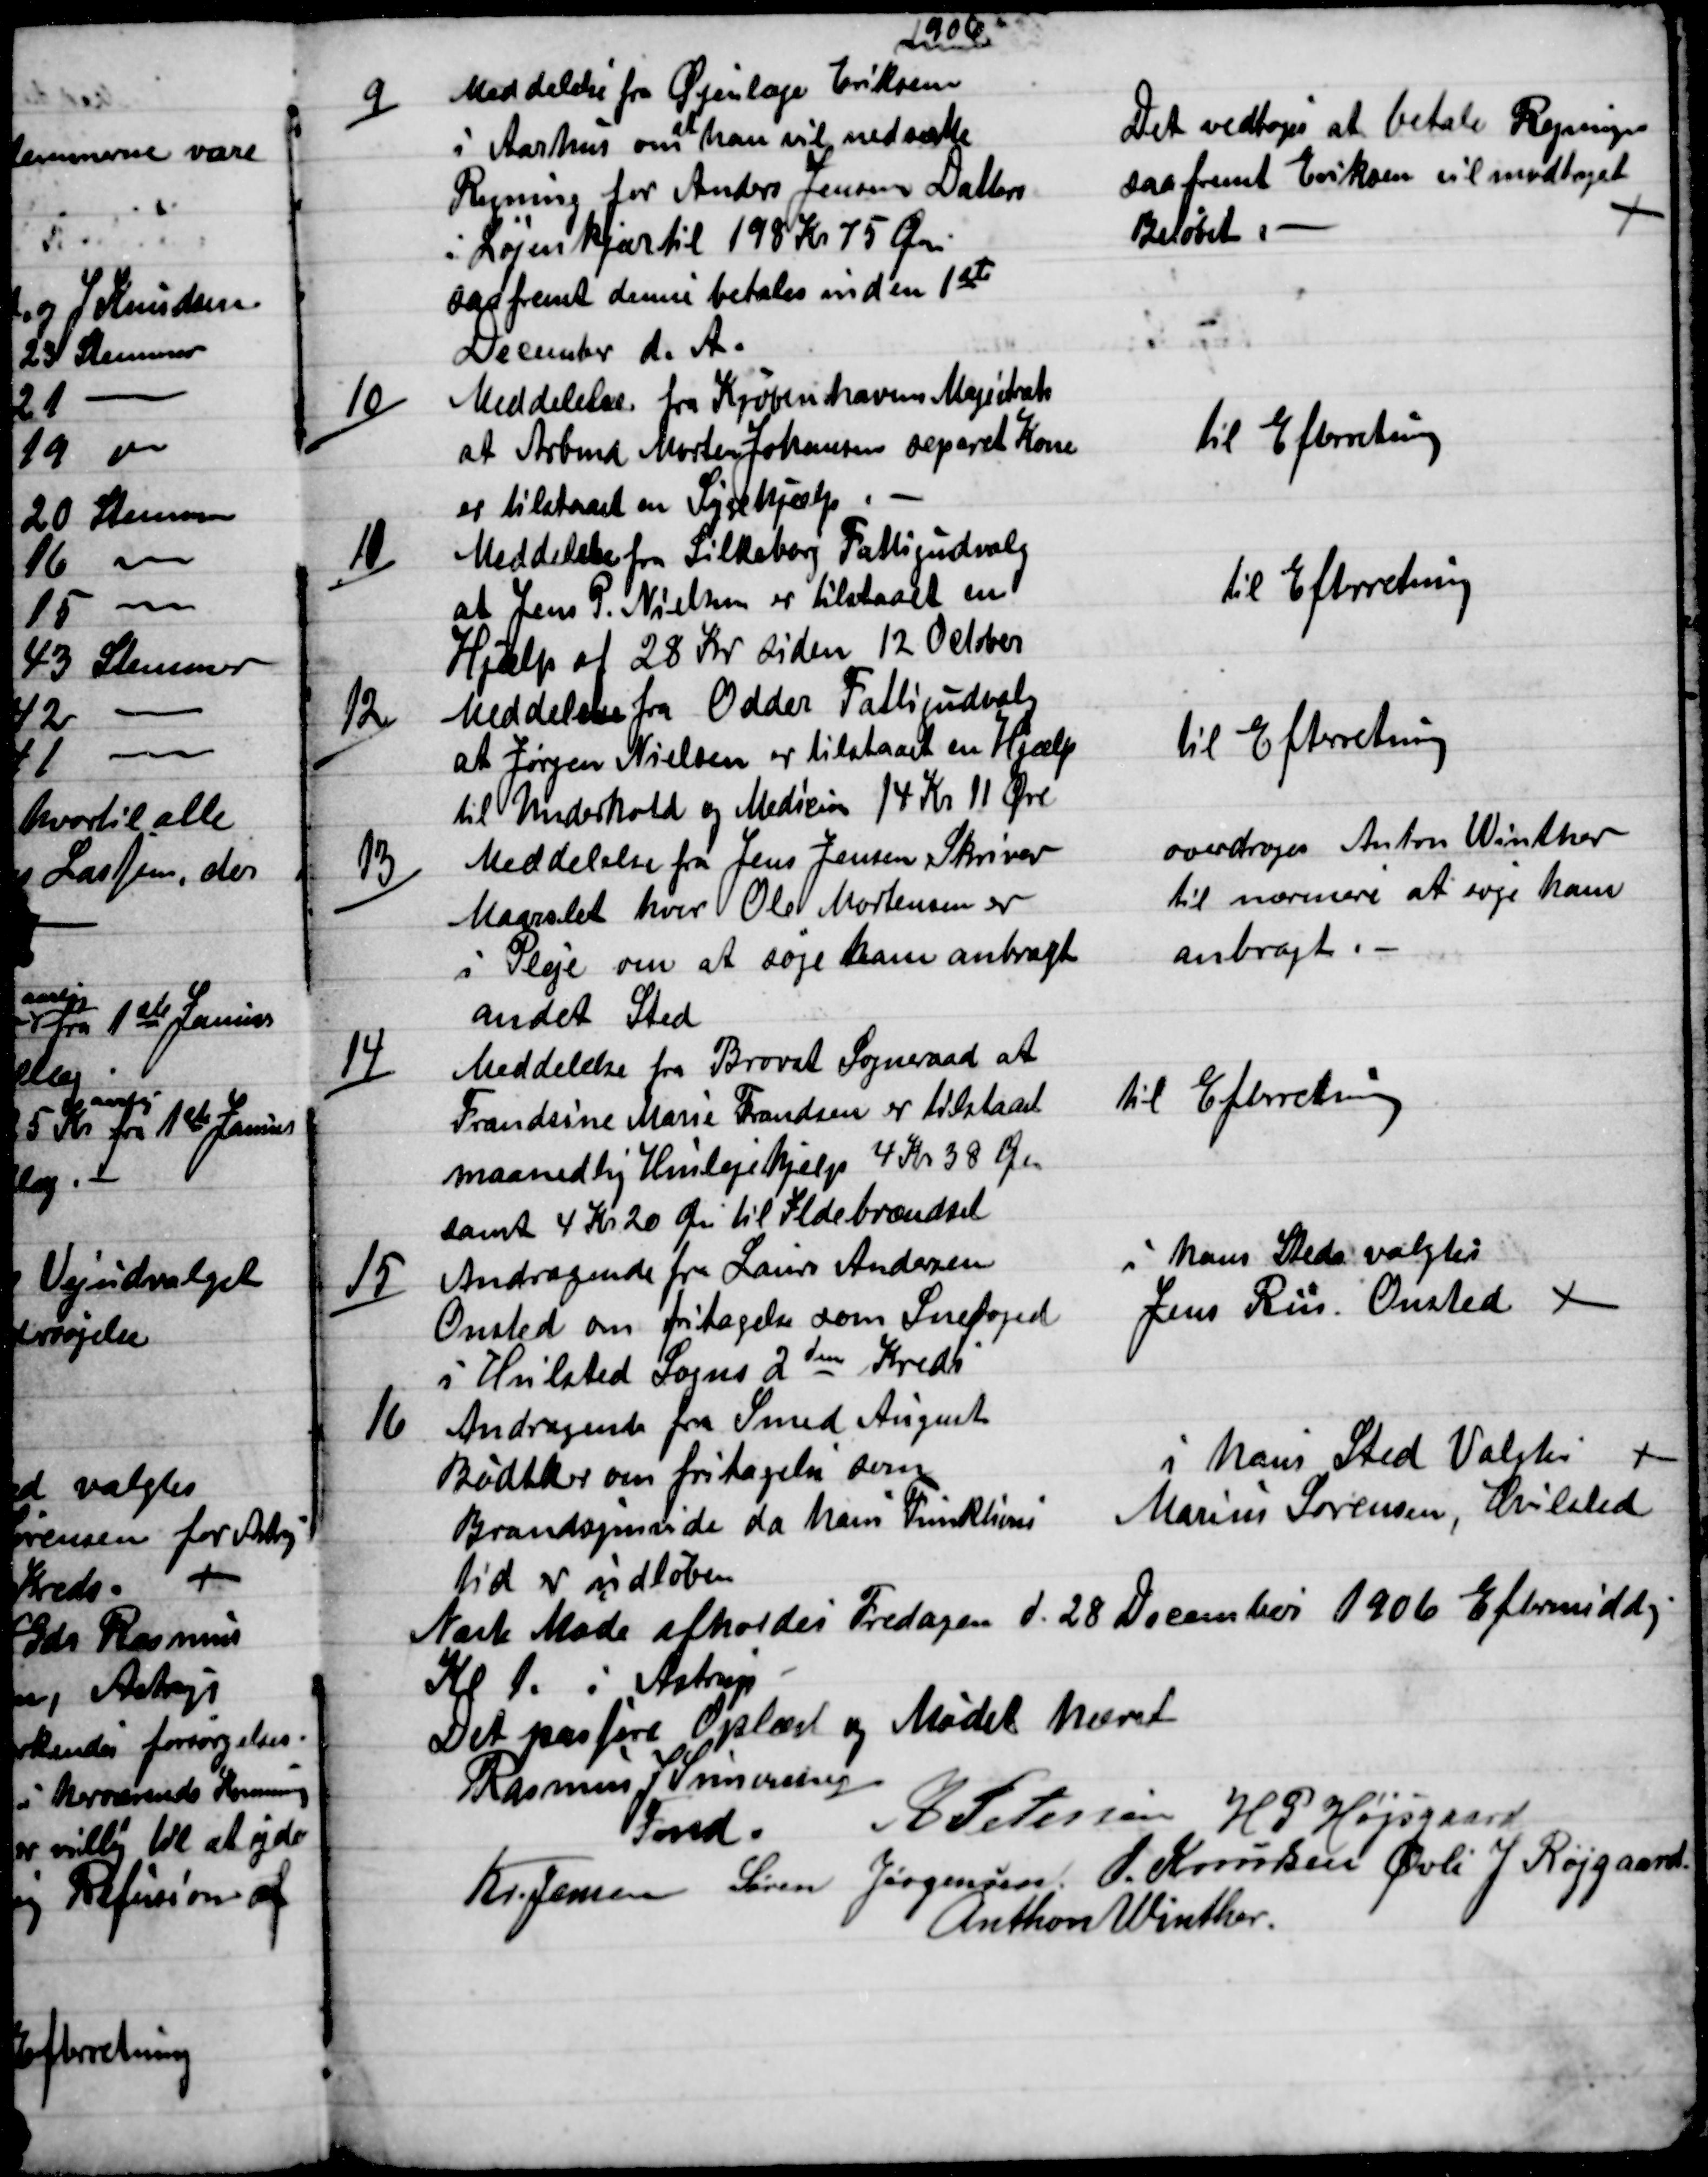
Transskription:
1906
9)
Meddelelse fra Øjenlæge Eriksen
i Aarhus om 
at
han vil nedsætte
Regning for Anders Jensens Datters
i Løjenkjær til 198 Kr 75 Øre
saafremt denne betales inden 1ste
December d. A.
Det vedtoges at betale Regningen
saafremt Eriksen vil modtaget
Beløbet.
10)
Meddelelse fra Kjøbenhavns Magistrat
at Arbmd Morten Johansen separet Kone
er tilstaaet en Sygehjælp.
til Efterretning
11)
Meddelelse fra Silkeborg Fattigudvalg
at Jens P. Nielsen er tilstaaet en
Hjælp af 28 Kr siden 12 October
til Efterretning
12)
Meddelelse fra Odder Fattigudvalg
at Jørgen Nielsen er tilstaaet en Hjælp
til Underhold og Medicin 14 Kr. 11 Øre
til Efteretning
13)
Meddelelse fra Jens Jensen Skriver
Maarslet hvor Ole Mortensen er
i Pleje om at søge ham anbragt
andet Sted
overdroges Anton Winther
til nærmere at søge ham
anbragt
14)
Meddelelse fra Brovst Sogneraad at 
Frandsine Marie Frandsen er tilstaaet
maanedlig Huslejehjælp 4 Kr. 38 Øre
samt 4 Kr 20 Øre til Ildebrændsel.
til Efterretning
15)
Andragende fra Laurs Andersen
Onsted om fritagelse som Snefoged
i Hvilsted Sogns 2den Kreds
i hans Steds valgtes
Jens Riis Onsted 
16
Andragende fra Smed August
Bødtker om fritagelse som
Brandsynsvidne da hans Funktions
tid er udløben.
i hans Sted Valgtes 
Marius Sørensen, Hvilsted.
Næste Møde afholdes Fredagen d. 28 December 1906 Eftermiddg
Kl 1. i Astrup
Det passere Oplæst og Mødet hævet
Rasmus J Simonsen
Fmd.
A Petersen  H P Højsgaard
Kr. Jensen  Søren Jørgensen  J. Knudsen Øvli J Røjgaard.
Anthon Winther.